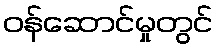
ဝန်ဆောင်မှုတွင်